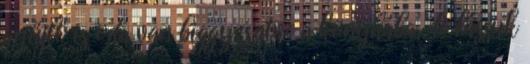
gyűjtő is oda van biggyesztve a konyhába, de lássuk